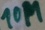
Text: 10M